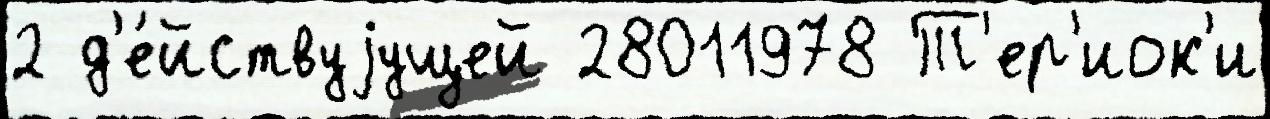
2 д'е́йствуjущей 28011978 Т'ер'иок'и